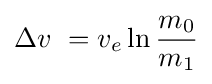
\Delta v\ =v_{e}\ln {\frac {m_{0}}{m_{1}}}